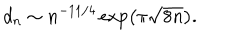
LaTeX: d _ { n } \sim n ^ { - 1 1 / 4 } \exp \left( \pi \sqrt { 8 n } \right) .